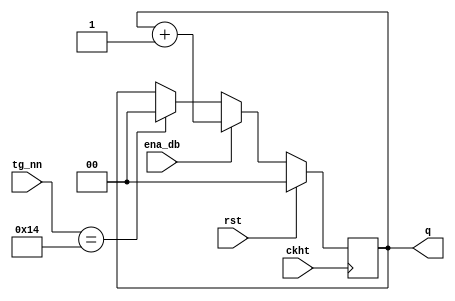
`timescale 1ns / 1ps
//////////////////////////////////////////////////////////////////////////////////
// Company: 
// Engineer: 
// 
// Design Name: 
// Module Name: Dem_2bit
// Project Name: 
// Target Devices: 
// Tool Versions: 
// Description: 
// 
// Dependencies: 
// 
// Revision:
// Revision 0.01 - File Created
// Additional Comments:
// 
//////////////////////////////////////////////////////////////////////////////////


module Dem_2bit(
    input   ckht,rst,ena_db,
    input   [4:0] tg_nn,
    output  [1:0] q
    );
    
reg [1:0] q_r, q_n;
//state register
always @(negedge ckht)
    if(rst) q_r = 0;
    else    q_r = q_n;
//next state logic
always @*
    if(ena_db) q_n = q_r +1; // ki?m tra tn hi?u ena_db( c nh?n btn_mod hay k)
    // gi? s? q_r = 0, th by h = 1 gn cho q_n, ch? xung c?p nh?t q_r, chuy?n m?ch sang tr?ng thi ch?nh giy 2'b01
    // q_r = 2, t?c 2'b10, sang ch?nh pht
    else if(tg_nn == 20) q_n = 0;
    else q_n = q_r;
//output logic
assign q = q_r;

endmodule